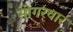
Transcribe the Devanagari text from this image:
सोगरवार